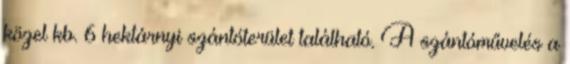
közel kb. 6 hektárnyi szántóterület található. A szántóművelés a